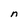
Character: n